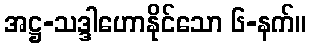
အဋ္ဌ-သဒ္ဒါဟောနိုင်သော ၆-နက်။